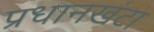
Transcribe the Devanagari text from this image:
प्रधानखंटा